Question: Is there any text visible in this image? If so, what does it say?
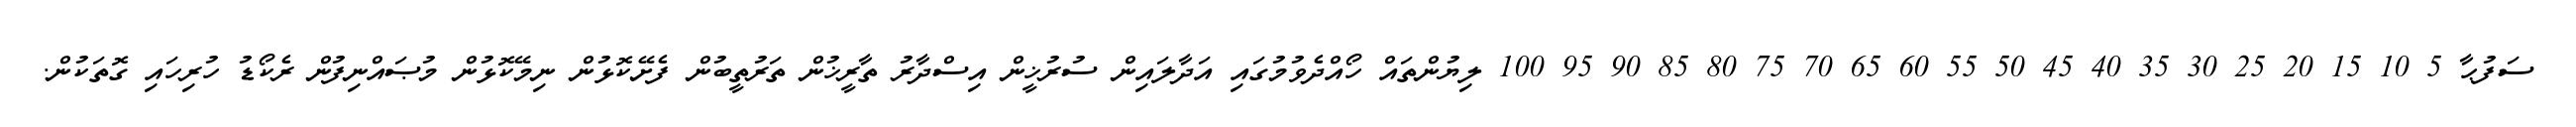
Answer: ސަފުޙާ 5 10 15 20 25 30 35 40 45 50 55 60 65 70 75 80 85 90 95 100 ލިޔުންތައް ހޯއްދެވުމުގައި އަދާލައިން ސުރުޚީން އިސްދާރު ތާރީޚުން ތަރުތީބުން ފެށޭކޮޅުން ނިމޭކޮޅުން މުޞައްނިފުން ރެކޯޑު ހުރިހައި ގޮތަކުން.